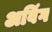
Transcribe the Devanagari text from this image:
अविंग